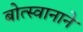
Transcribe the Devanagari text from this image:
बोत्स्वानाने